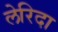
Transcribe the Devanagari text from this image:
लेरिदा